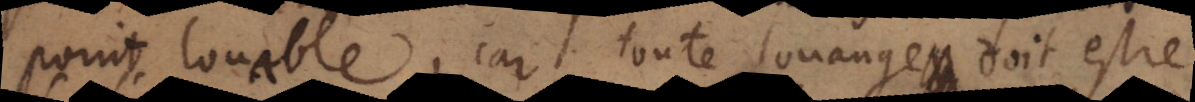
point louable, car toute louange doit estre